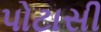
પોટાસી